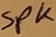
Text: SPK